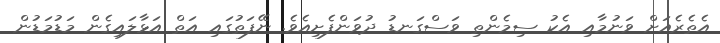
އެތެރެއަށް ވަނުމާއި އެކު ސިމެންތި ވަސްގަނޑު ދުވަންފެށިއެވެ. ނޭފަތުގައި އަތް އަޅާލައިގެން މަޑުމަޑުން